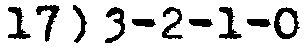
17) 3-2-1-0